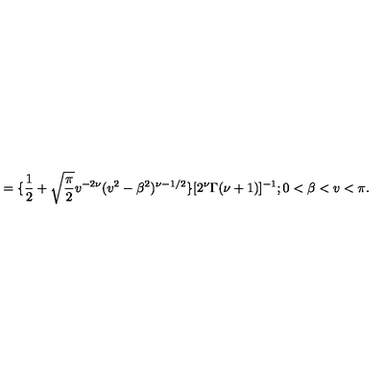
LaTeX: = \{ \frac { 1 } { 2 } + \sqrt { \frac { \pi } { 2 } } v ^ { - 2 \nu } ( v ^ { 2 } - \beta ^ { 2 } ) ^ { \nu - 1 / 2 } \} [ 2 ^ { \nu } \Gamma ( \nu + 1 ) ] ^ { - 1 } ; 0 < \beta < v < \pi .